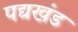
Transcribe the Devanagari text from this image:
पद्यखंड